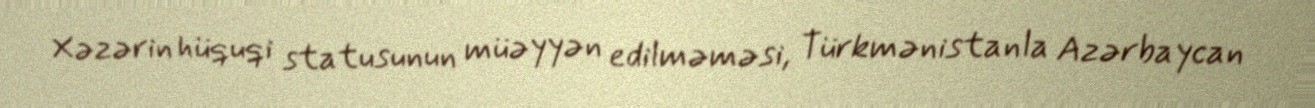
Xəzərin hüquqi statusunun müəyyən edilməməsi, Türkmənistanla Azərbaycan